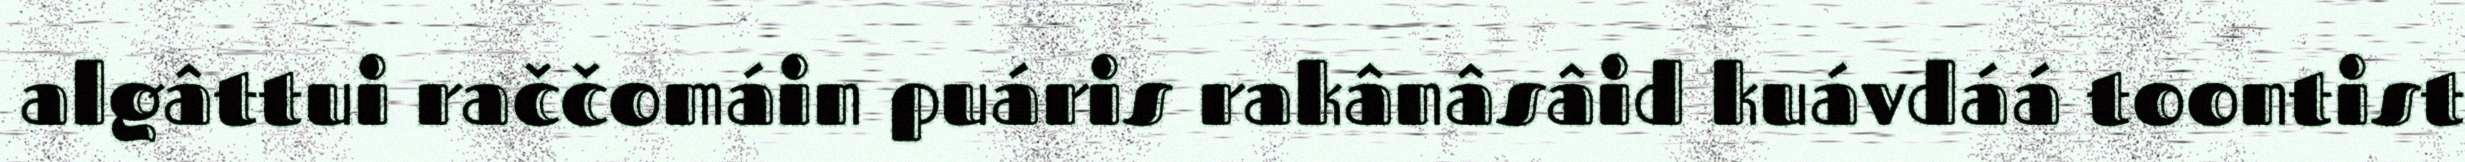
algâttui raččomáin puáris rakânâsâid kuávdáá toontist